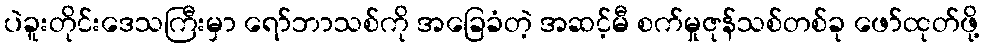
ပဲခူးတိုင်းဒေသကြီးမှာ ရော်ဘာသစ်ကို အခြေခံတဲ့ အဆင့်မီ စက်မှုဇုန်သစ်တစ်ခု ဖော်ထုတ်ဖို့